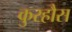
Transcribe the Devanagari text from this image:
कुरहौस